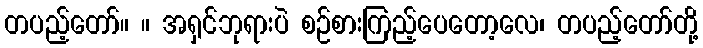
တပည့်တော်။ ။ အရှင်ဘုရားပဲ စဉ်စားကြည့်ပေတော့လေ၊ တပည့်တော်တို့